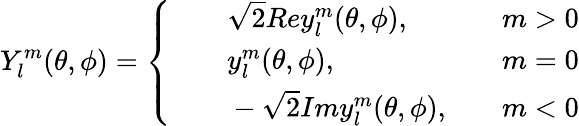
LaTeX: Y_{l}^{m}(\theta,\phi)=\left\{ \begin{array}{rlr}{\quad}&{{}\sqrt{2}Rey_{l}^{m}(\theta,\phi),\quad}&{m>0}\\ {\quad}&{{}y_{l}^{m}(\theta,\phi),\quad}&{m=0}\\ {\quad}&{{}-\sqrt{2}Imy_{l}^{m}(\theta,\phi),\quad}&{m<0}\end{array}\right.